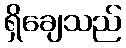
ရှိချေသည်